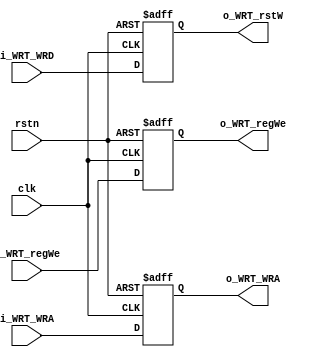
`timescale 1ns / 1ps

module WRT(
		input wire clk, rstn, i_WRT_regWe,
		input wire [4:0] i_WRT_WRA,
		input wire [31:0] i_WRT_WRD,
		output wire o_WRT_regWe,
		output wire [4:0] o_WRT_WRA,
		output wire [31:0] o_WRT_rstW
	);
	
	reg WRT_regWe;
	reg [4:0] WRT_WRA;
	reg [31:0] WRT_rstW;

	assign o_WRT_regWe = WRT_regWe;
	assign o_WRT_WRA = WRT_WRA;
	assign o_WRT_rstW = WRT_rstW;

	always @(posedge clk or negedge rstn) begin
		if(!rstn) begin
			WRT_regWe <= 0;
			WRT_WRA <= 0;
			WRT_rstW <= 0;
		end else begin
			WRT_regWe <= i_WRT_regWe;
			WRT_WRA <= i_WRT_WRA;
			WRT_rstW <= i_WRT_WRD;
		end
	end
	
endmodule